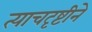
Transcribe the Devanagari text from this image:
त्याचदृष्टीने